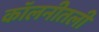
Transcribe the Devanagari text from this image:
कॉलनीतली